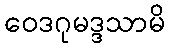
ဝေဒဂုမဒ္ဒသာမိ